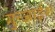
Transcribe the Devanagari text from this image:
गुन्जाईश